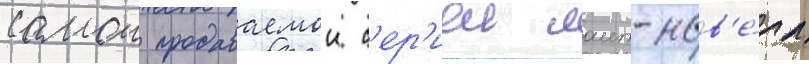
самои продаваемои с'ер'иеи лаит-нов'е́лл